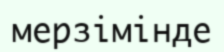
мерзімінде